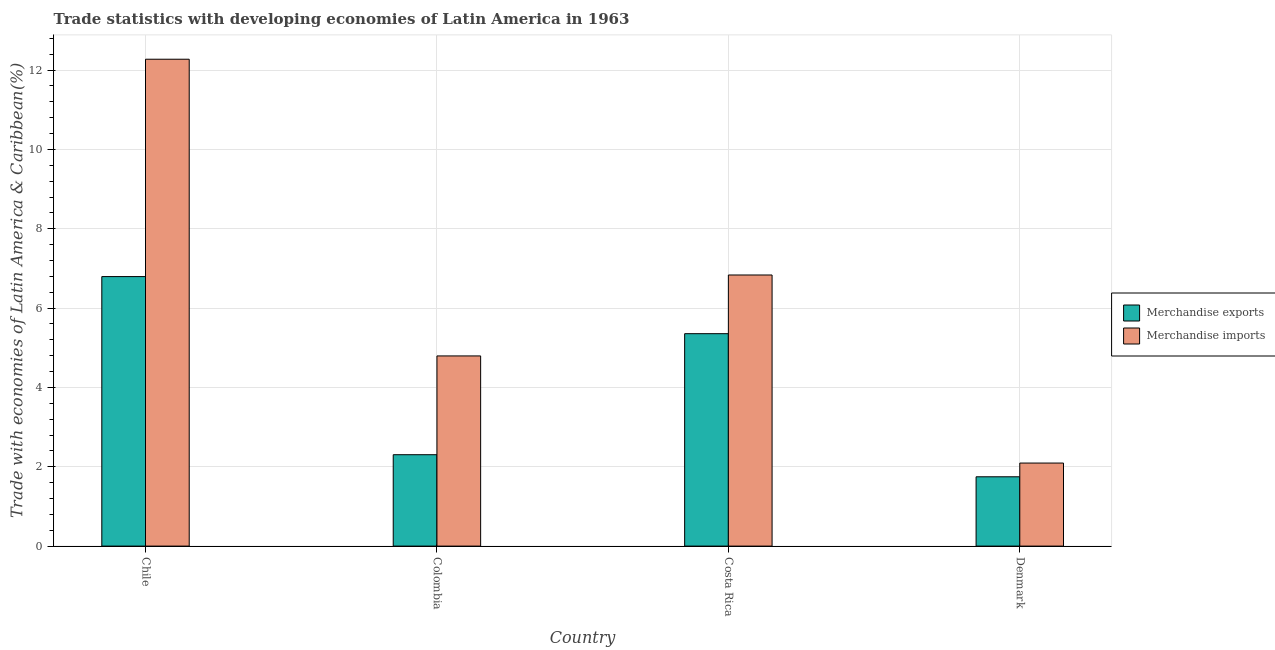
| Country | Merchandise exports | Merchandise imports |
 | --- | --- | --- |
 | Chile | 6.79 | 12.3 |
 | Colombia | 2.3 | 4.79 |
 | Costa Rica | 5.36 | 6.83 |
 | Denmark | 1.75 | 2.09 |